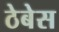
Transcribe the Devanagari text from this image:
ठेबेस